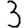
Digit: 3